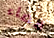
فضاء